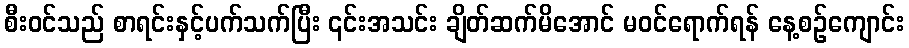
စီး၀င်သည် စာရင်းနှင့်ပက်သက်ပြီး ၎င်းအသင်း ချိတ်ဆက်မိအောင် မဝင်ရောက်ရန် နေ့စဉ်ကျောင်း